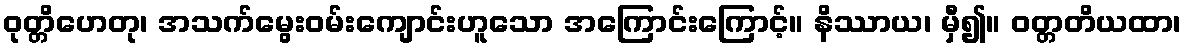
ဝုတ္တိဟေတု၊ အသက်မွေးဝမ်းကျောင်းဟူသော အကြောင်းကြောင့်။ နိဿာယ၊ မှီ၍။ ဝတ္တတိယထာ၊